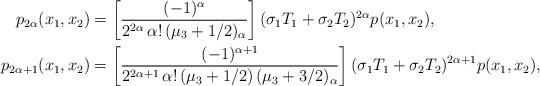
\begin{align*} p_{2\alpha}(x_1,x_2)&=\left[\frac{(-1)^{\alpha}}{2^{2\alpha}\,\alpha!\,(\mu_3+1/2)_{\alpha}}\right](\sigma_1 T_1+\sigma_2 T_2)^{2\alpha}p(x_1,x_2), \\ p_{2\alpha+1}(x_1,x_2)&=\left[\frac{(-1)^{\alpha+1}}{2^{2\alpha+1}\,\alpha!\,(\mu_3+1/2)\,(\mu_3+3/2)_{\alpha}}\right](\sigma_1 T_1+\sigma_2 T_2)^{2\alpha+1}p(x_1,x_2),\end{align*}